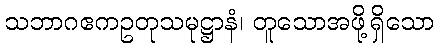
သဘာဂဧကဥတုသမုဋ္ဌာနံ၊ တူသောအဖို့ရှိသော